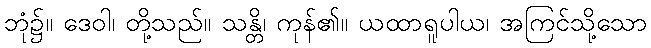
ဘုံ၌။ ဒေဝါ၊ တို့သည်။ သန္တိ၊ ကုန်၏။ ယထာရူပါယ၊ အကြင်သို့သော